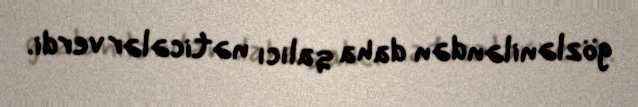
gözləniləndən daha qalıcı nəticələr verdi.